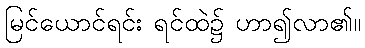
မြင်ယောင်ရင်း ရင်ထဲ၌ ဟာ၍လာ၏။